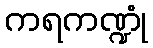
ကရကဏ္ဍုံ